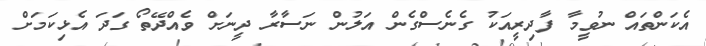
އެކަންތައް ނުވީމާ ފާދިރީއަކު ގެނެސްގެން އަލުން ނަސާރާ ދީނަށް ވެއްދޭތޯ ގަދަ އެޅިކަމަށް